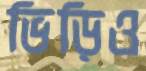
ভিড়িও